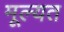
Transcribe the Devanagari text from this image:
मूल्यत